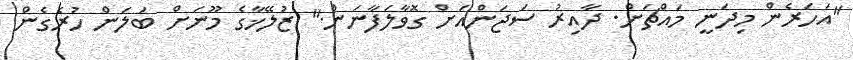
"އަހަރެން މިދަނީ މައްޗަށް. ދާއިރު ސަޖަންއަށް ގޮވާލަފާނަން." ޒުލޭޚާގެ މޫނަށް ބަލަން ހުރެގެން